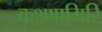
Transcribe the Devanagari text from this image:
कृश्णागिरि